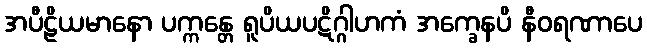
အပီဠိယမာနော ပက္ကန္တေ ရူပိယပဋိဂ္ဂါဟကံ အက္ခေနပိ နီဝရဏာပေ